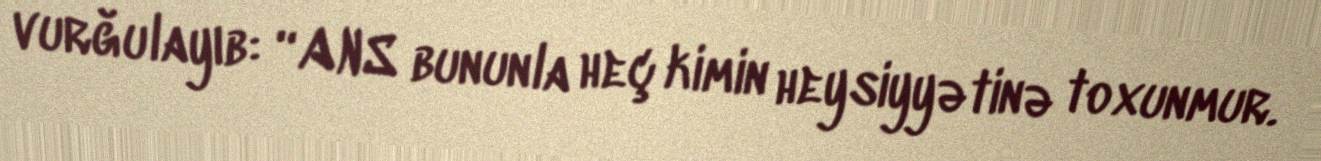
vurğulayıb: “ANS bununla heç kimin heysiyyətinə toxunmur.